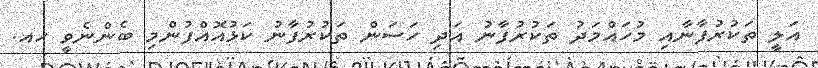
އަލީ ތަކުރުފާނާއި މުހައްމަދު ތަކުރުފާނު އަދި ހަސަން ތަކުރުފާނު ކަޅުއޮއްފުންމި ބެންނެވީ ހއ.